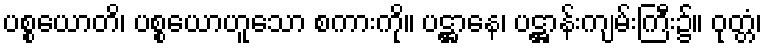
ပစ္စယောတိ၊ ပစ္စယောဟူသော စကားကို။ ပဋ္ဌာနေ၊ ပဋ္ဌာန်းကျမ်းကြီး၌။ ဝုတ္တံ၊